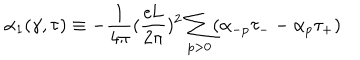
{ \alpha } _ { 1 } ( \gamma , \tau ) \equiv - \frac { 1 } { 4 \pi } ( \frac { e \mathrm { L } } { 2 \pi } ) ^ { 2 } \sum _ { p > 0 } ( { \alpha } _ { - p } { \tau } _ { - } - { \alpha } _ { p } { \tau } _ { + } )